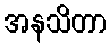
အနသိတာ